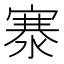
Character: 𬈡